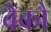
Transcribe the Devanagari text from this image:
बैंकौ